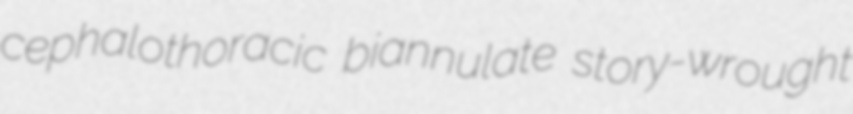
cephalothoracic biannulate story-wrought